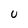
Character: U